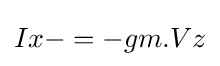
Ix-=-gm.Vz